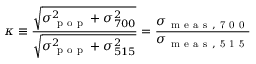
\kappa \equiv \frac { \sqrt { \sigma _ { \mathrm { ~ p ~ o ~ p ~ } } ^ { 2 } + \sigma _ { 7 0 0 } ^ { 2 } } } { \sqrt { \sigma _ { \mathrm { ~ p ~ o ~ p ~ } } ^ { 2 } + \sigma _ { 5 1 5 } ^ { 2 } } } = \frac { \sigma _ { \mathrm { ~ m ~ e ~ a ~ s ~ , ~ 7 ~ 0 ~ 0 ~ } } } { \sigma _ { \mathrm { ~ m ~ e ~ a ~ s ~ , ~ 5 ~ 1 ~ 5 ~ } } }